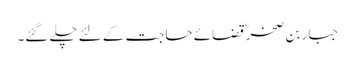
جبار بن صخرؓ قضائے حاجت کے لئے چلے گئے۔